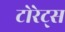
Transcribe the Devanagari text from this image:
टोरेट्स